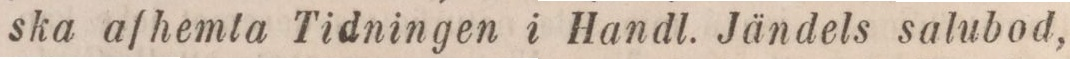
ska af hemta Tidningen i Handl. Jändels salubod,